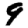
Digit: 9